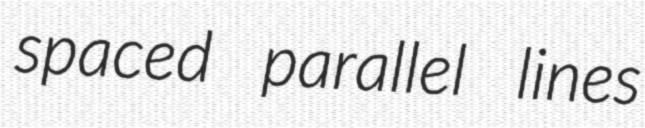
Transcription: spaced parallel lines